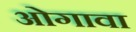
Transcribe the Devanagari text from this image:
ओगावा